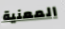
المعنية